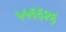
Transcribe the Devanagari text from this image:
५५६६४६